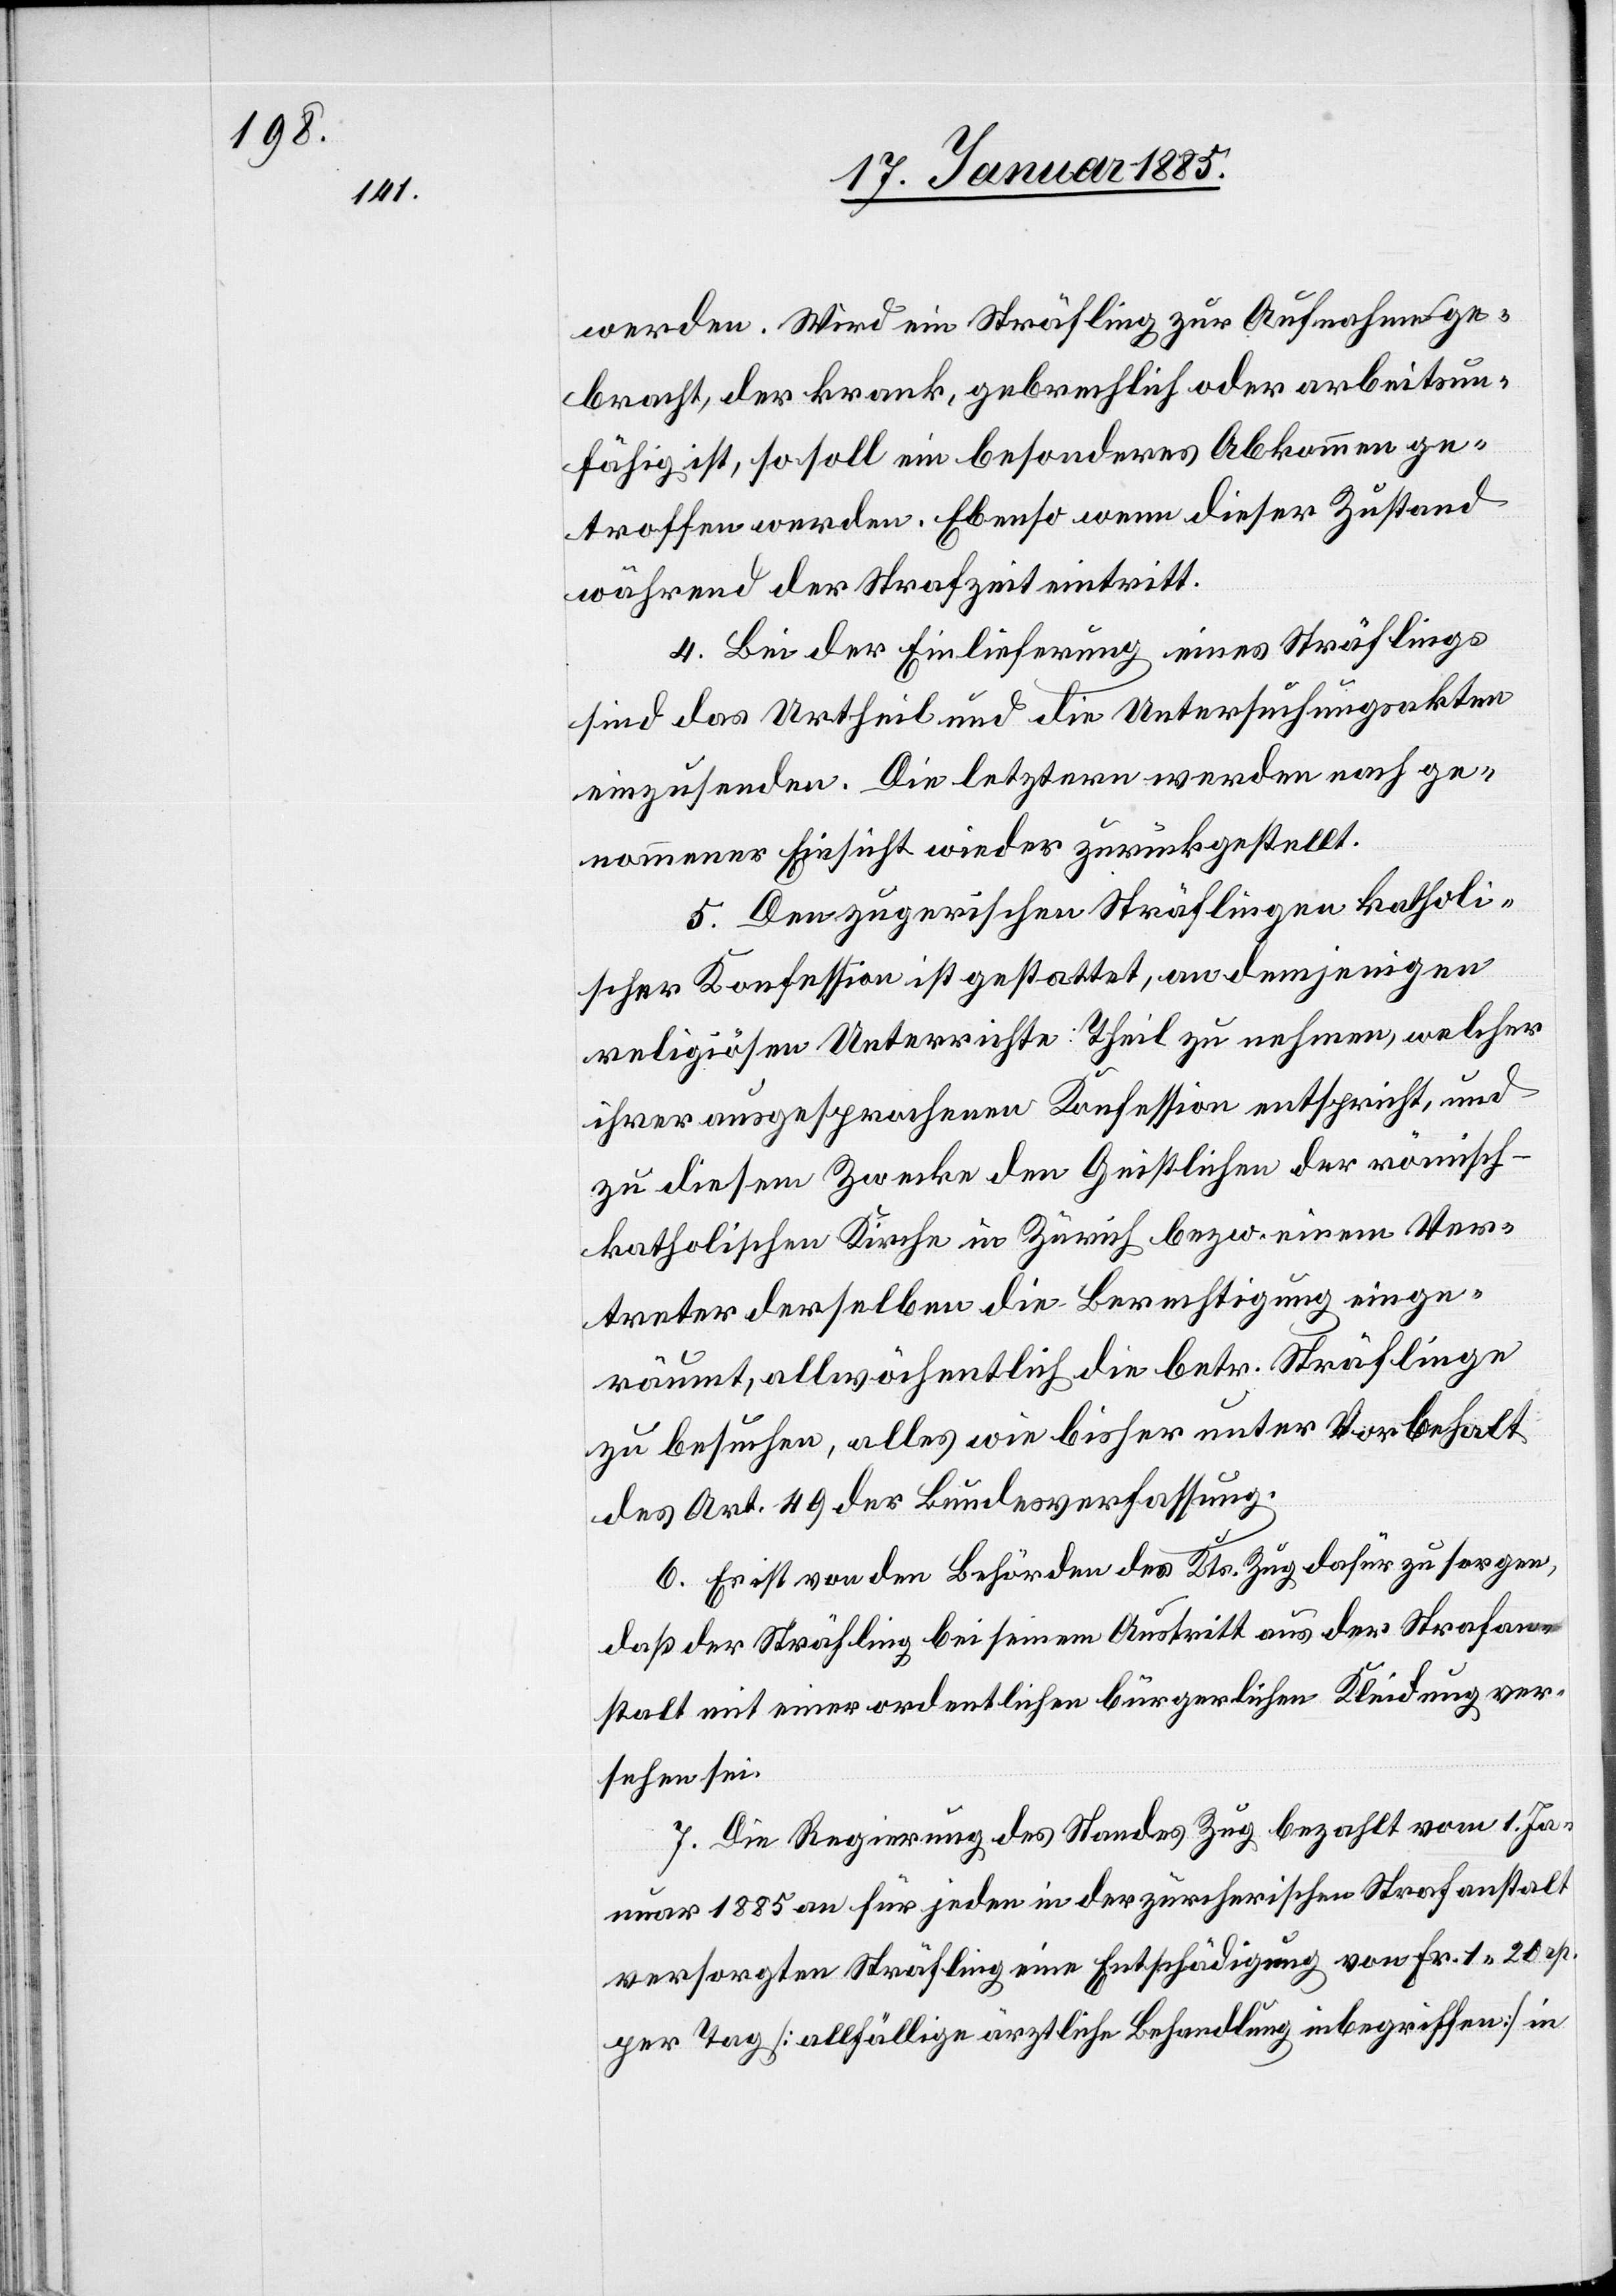
werden. Wird ein Sträfling zur Aufnahme ge¬
bracht, der krank, gebrechlich oder arbeitsun¬
fähig ist, so soll ein besonderes Abkommen ge¬
troffen werden. Ebenso wenn dieser Zustand
während der Strafzeit eintritt.
4. Bei der Einlieferung eines Sträflings
sind das Urtheil und die Untersuchungsakten
einzusenden. Die letztern werden nach ge¬
nommener Einsicht wieder zurückgestellt.
5. Den zugerischen Sträflingen katholi¬
scher Konfession ist gestattet, an demjenigen
religiösen Unterrichte Theil zu nehmen, welcher
ihrer ausgesprochenen Konfession entspricht, und
zu diesem Zwecke den Geistlichen der römisch-k¬
atholischen Kirche in Zürich bezw. einem Ver¬
treter derselben die Berechtigung einge¬
räumt, allwöchentlich die betr. Sträflinge
zu besuchen, alles wie bisher unter Vorbehalt
des Art. 49 der Bundesverfassung.
6. Es ist von den Behörden des Kts. Zug dafür zu sorgen,
daß der Sträfling bei seinem Austritt aus der Strafan¬
stalt mit einer ordentlichen bürgerlichen Kleidung ver¬
sehen sei.
7. Die Regierung des Standes Zug bezahlt vom 1. Ja¬
nuar 1885 an für jeden in der zürcherischen Strafanstalt
versorgten Sträfling eine Entschädigung von Fr. 1 20 Rp.
per Tag [Allfällige ärztliche Behandlung inbegriffen] in